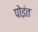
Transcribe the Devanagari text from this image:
पोइंत